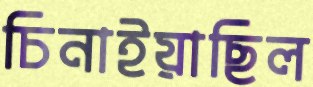
চিনাইয়াছিল